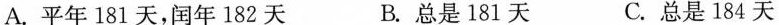
A.平年181天,闰年182天 B.总是181天 C.总是184天